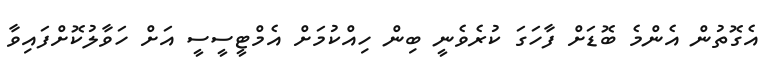
އެގޮތުން އެންމެ ބޮޑަށް ފާހަގަ ކުރެވެނީ ބިން ހިއްކުމަށް އެމްޓީސީސީ އަށް ހަވާލުކޮށްފައިވާ